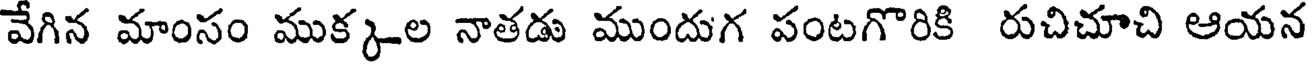
వేగిన మాంసం ముక్కల నాతడు ముందుగ పంటగొరికి రుచిచూచి ఆయన